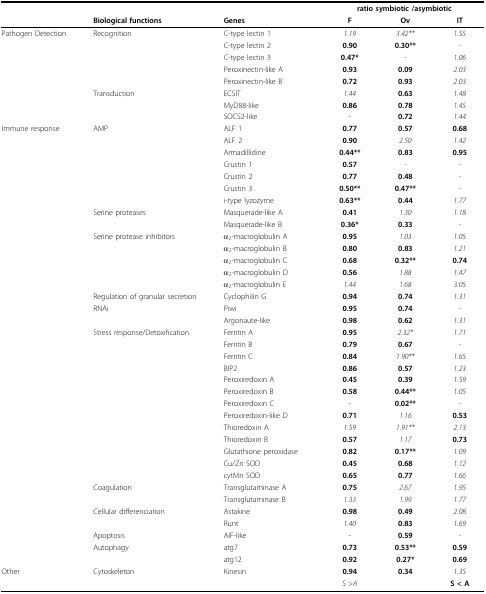
<table><thead><tr><td></td><td></td><td></td><td colspan="3"><b>ratio symbiotic /asymbiotic</b></td></tr><tr><td></td><td><b>Biological functions</b></td><td><b>Genes</b></td><td><b>F</b></td><td><b>Ov</b></td><td><b>IT</b></td></tr></thead><tbody><tr><td>Pathogen Detection</td><td>Recognition</td><td>C-type lectin 1</td><td><i>1.19</i></td><td><i>3.42**</i></td><td><i>1.55</i></td></tr><tr><td></td><td></td><td>C-type lectin 2</td><td><b>0.90</b></td><td><b>0.30**</b></td><td>-</td></tr><tr><td></td><td></td><td>C-type lectin 3</td><td><b>0.47*</b></td><td>-</td><td><i>1.06</i></td></tr><tr><td></td><td></td><td>Peroxinectin-like A</td><td><b>0.93</b></td><td><b>0.09</b></td><td><i>2.03</i></td></tr><tr><td></td><td></td><td>Peroxinectin-like B</td><td><b>0.72</b></td><td><b>0.93</b></td><td><i>2.03</i></td></tr><tr><td></td><td>Transduction</td><td>ECSIT</td><td><i>1.44</i></td><td><b>0.63</b></td><td><i>1.48</i></td></tr><tr><td></td><td></td><td>MyD88-like</td><td><b>0.86</b></td><td><b>0.78</b></td><td><i>1.45</i></td></tr><tr><td></td><td></td><td>SOCS2-like</td><td>-</td><td><b>0.72</b></td><td><i>1.44</i></td></tr><tr><td>Immune response</td><td>AMP</td><td>ALF 1</td><td><b>0.77</b></td><td><b>0.57</b></td><td><b>0.68</b></td></tr><tr><td></td><td></td><td>ALF 2</td><td><b>0.90</b></td><td><i>2.50</i></td><td><i>1.42</i></td></tr><tr><td></td><td></td><td>Armadillidine</td><td><b>0.44**</b></td><td><b>0.83</b></td><td><b>0.95</b></td></tr><tr><td></td><td></td><td>Crustin 1</td><td><b>0.57</b></td><td>-</td><td>-</td></tr><tr><td></td><td></td><td>Crustin 2</td><td><b>0.77</b></td><td><b>0.48</b></td><td>-</td></tr><tr><td></td><td></td><td>Crustin 3</td><td><b>0.50**</b></td><td><b>0.47**</b></td><td>-</td></tr><tr><td></td><td></td><td>i-type lyzozyme</td><td><b>0.63**</b></td><td><b>0.44</b></td><td><i>1.77</i></td></tr><tr><td></td><td>Serine proteases</td><td>Masquerade-like A</td><td><b>0.41</b></td><td><i>1.30</i></td><td><i>1.18</i></td></tr><tr><td></td><td></td><td>Masquerade-like B</td><td><b>0.36*</b></td><td><b>0.33</b></td><td>-</td></tr><tr><td></td><td>Serine protease inhibitors</td><td>α<sub>2</sub>-macroglobulin A</td><td><b>0.95</b></td><td><i>1.03</i></td><td><i>1.05</i></td></tr><tr><td></td><td></td><td>α<sub>2</sub>-macroglobulin B</td><td><b>0.80</b></td><td><b>0.83</b></td><td><i>1.21</i></td></tr><tr><td></td><td></td><td>α<sub>2</sub>-macroglobulin C</td><td><b>0.68</b></td><td><b>0.32**</b></td><td><b>0.74</b></td></tr><tr><td></td><td></td><td>α<sub>2</sub>-macroglobulin D</td><td><b>0.56</b></td><td><i>1.88</i></td><td><i>1.47</i></td></tr><tr><td></td><td></td><td>α<sub>2</sub>-macroglobulin E</td><td><i>1.44</i></td><td><i>1.68</i></td><td><i>3.05</i></td></tr><tr><td></td><td>Regulation of granular secretion</td><td>Cyclophilin G</td><td><b>0.94</b></td><td><b>0.74</b></td><td><i>1.31</i></td></tr><tr><td></td><td>RNAi</td><td>Piwi</td><td><b>0.95</b></td><td><b>0.74</b></td><td>-</td></tr><tr><td></td><td></td><td>Argonaute-like</td><td><b>0.98</b></td><td><b>0.62</b></td><td><i>1.31</i></td></tr><tr><td></td><td>Stress response/Detoxification</td><td>Ferritin A</td><td><b>0.95</b></td><td><i>2.32*</i></td><td><i>1.71</i></td></tr><tr><td></td><td></td><td>Ferritin B</td><td><b>0.79</b></td><td><b>0.67</b></td><td>-</td></tr><tr><td></td><td></td><td>Ferritin C</td><td><b>0.84</b></td><td><i>1.90**</i></td><td><i>1.65</i></td></tr><tr><td></td><td></td><td>BIP2</td><td><b>0.86</b></td><td><b>0.57</b></td><td><i>1.23</i></td></tr><tr><td></td><td></td><td>Peroxiredoxin A</td><td><b>0.45</b></td><td><b>0.39</b></td><td><i>1.59</i></td></tr><tr><td></td><td></td><td>Peroxiredoxin B</td><td><b>0.58</b></td><td><b>0.44**</b></td><td><i>1.05</i></td></tr><tr><td></td><td></td><td>Peroxiredoxin C</td><td>-</td><td><b>0.02**</b></td><td>-</td></tr><tr><td></td><td></td><td>Peroxiredoxin-like D</td><td><b>0.71</b></td><td><i>1.16</i></td><td><b>0.53</b></td></tr><tr><td></td><td></td><td>Thioredoxin A</td><td><i>1.59</i></td><td><i>1.91**</i></td><td><i>2.13</i></td></tr><tr><td></td><td></td><td>Thioredoxin B</td><td><b>0.57</b></td><td><i>1.17</i></td><td><b>0.73</b></td></tr><tr><td></td><td></td><td>Glutathione peroxidase</td><td><b>0.82</b></td><td><b>0.17**</b></td><td><i>1.09</i></td></tr><tr><td></td><td></td><td>Cu/Zn SOD</td><td><b>0.45</b></td><td><b>0.68</b></td><td><i>1.12</i></td></tr><tr><td></td><td></td><td>cytMn SOD</td><td><b>0.65</b></td><td><b>0.77</b></td><td><i>1.66</i></td></tr><tr><td></td><td>Coagulation</td><td>Transglutaminase A</td><td><b>0.75</b></td><td><i>2.67</i></td><td><i>1.95</i></td></tr><tr><td></td><td></td><td>Transglutaminase B</td><td><i>1.33</i></td><td><i>1.99</i></td><td><i>1.77</i></td></tr><tr><td></td><td>Cellular differenciation</td><td>Astakine</td><td><b>0.98</b></td><td><b>0.49</b></td><td><i>2.08</i></td></tr><tr><td></td><td></td><td>Runt</td><td><i>1.40</i></td><td><b>0.83</b></td><td><i>1.69</i></td></tr><tr><td></td><td>Apoptosis</td><td>AIF-like</td><td>-</td><td><b>0.59</b></td><td>-</td></tr><tr><td></td><td>Autophagy</td><td>atg7</td><td><b>0.73</b></td><td><b>0.53**</b></td><td><b>0.59</b></td></tr><tr><td></td><td></td><td>atg12</td><td><b>0.92</b></td><td><b>0.27*</b></td><td><b>0.69</b></td></tr><tr><td>Other</td><td>Cytoskeleton</td><td>Kinesin</td><td><b>0.94</b></td><td><b>0.34</b></td><td><i>1.35</i></td></tr><tr><td></td><td></td><td></td><td><i>S</i> &gt;<i>A</i></td><td></td><td><b>S &lt; A</b></td></tr></tbody></table>